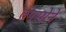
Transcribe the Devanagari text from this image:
तपस्येने